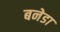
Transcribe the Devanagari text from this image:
बनेडा